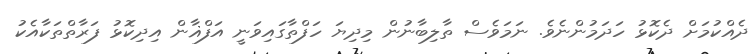
ދެއްކުމަށް ދެކޮޅު ހަދަމުންނެވެ. ނަމަވެސް ތާލިބާނުން މިދިޔަ ހަފްތާގައިވަނީ އަފްޣާން އިދިކޮޅު ފަރާތްތަކާއެކު